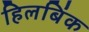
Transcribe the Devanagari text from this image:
हिलबिंक